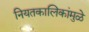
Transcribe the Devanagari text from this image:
नियतकालिकांमुळे